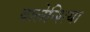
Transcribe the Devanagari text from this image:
वालेन्शिया